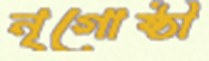
নৃগোষ্ঠী